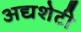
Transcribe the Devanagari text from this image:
अद्यशेटी